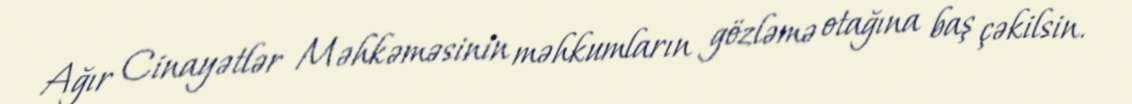
Ağır Cinayətlər Məhkəməsinin məhkumların gözləmə otağına baş çəkilsin.